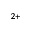
^ { 2 + }